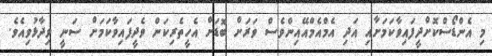
މި އެންޑޯސްކޮށްދީފައިވާކަމަށާއި އަދި އެމްއެމްއޭއިންވެސް ވަރަށް ބޮޑަށް އެހީތެރިކަން ވެދީފައިވާކަމަށް ސަނީ ވިދާޅުވިއެވެ.